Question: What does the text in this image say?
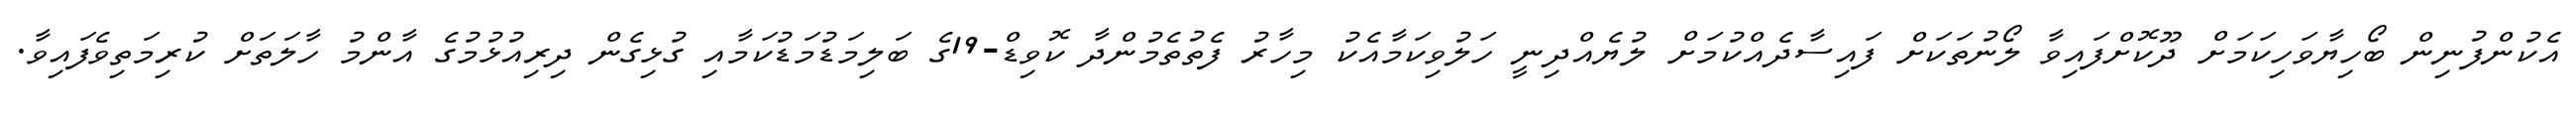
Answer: އެކުންފުނިން ބޯހިޔާވަހިކަމަށް ދޫކޮށްފައިވާ ލޯނުތަކަށް ފައިސާދެއްކުމަށް ލުޔެއްދިނީ ހަލުވިކަމާއެކު މިހާރު ފެތުތެމުންދާ ކޮވިޑް-19ގެ ބަލިމަޑުމަޑުކަމާއި ގުޅިގެން ދިރިއުޅުމުގެ އާންމު ހާލަތަށް ކުރިމަތިވެފައިވާ.